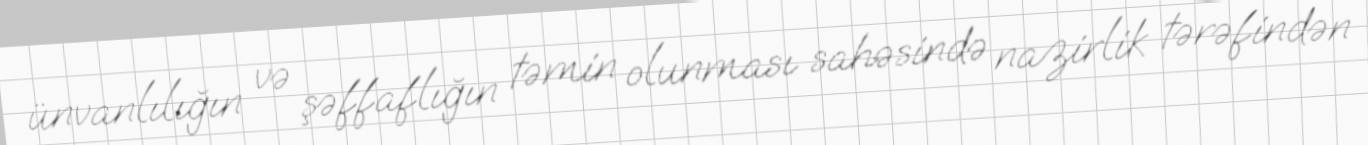
ünvanlılığın və şəffaflığın təmin olunması sahəsində nazirlik tərəfindən